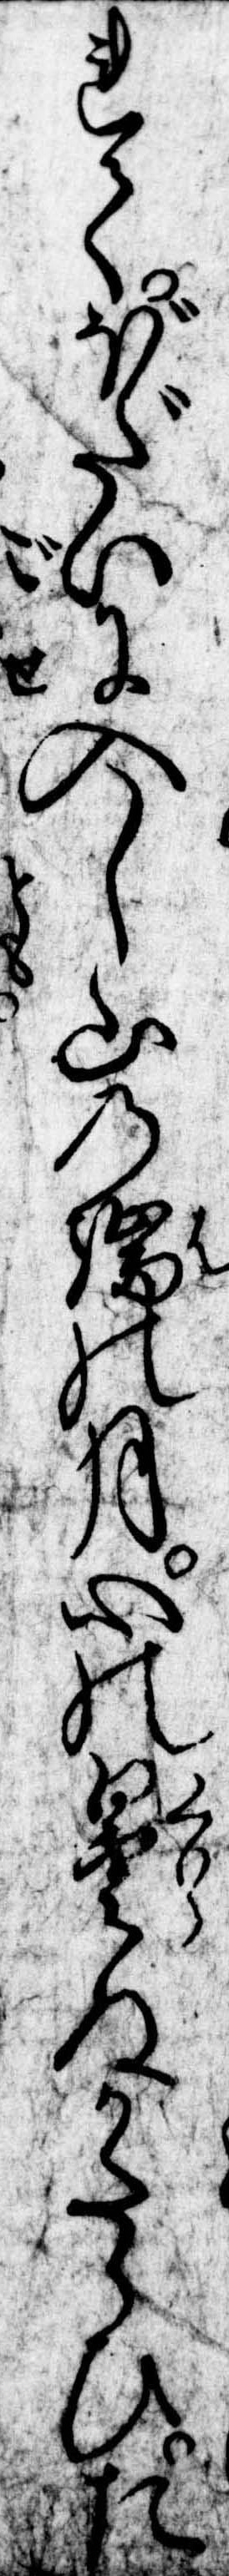
れてぼだいに入し山の端の月心の曇ぬかたらひた